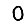
Digit: 0